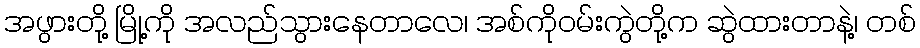
အဖွားတို့ မြို့ကို အလည်သွားနေတာလေ၊ အစ်ကိုဝမ်းကွဲတို့က ဆွဲထားတာနဲ့၊ တစ်